Civil Veterinary Department. Madras. Admin. report 1910-25 - 1910-1925
Year: 1910
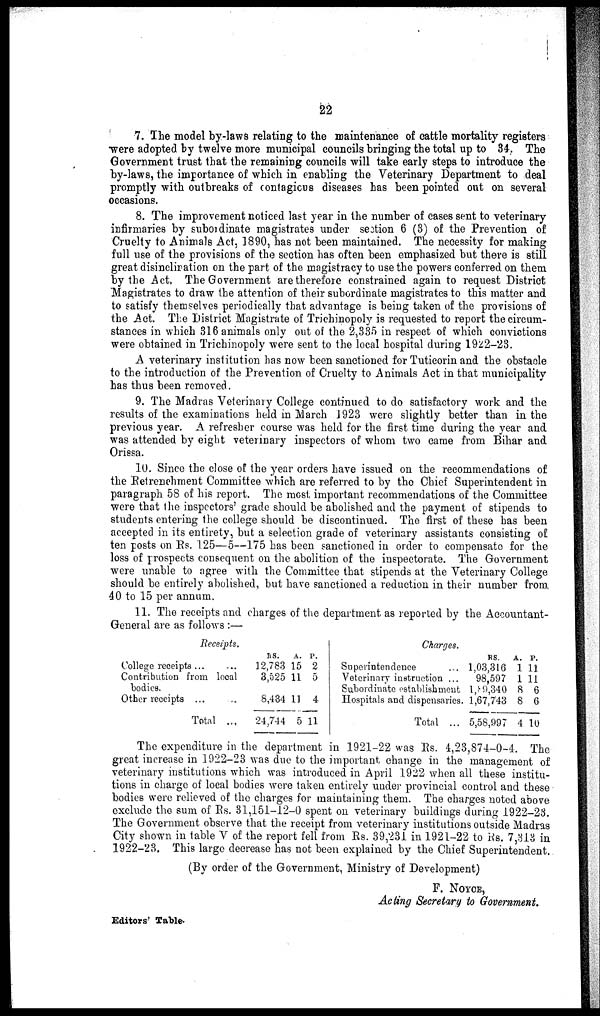
22
7. The model by-laws relating to the maintenance of cattle mortality registers
were adopted by twelve more municipal councils bringing the total up to 34. The
Government trust that the remaining councils will take early steps to introduce the
by-laws, the importance of which in enabling the Veterinary Department to deal
promptly with outbreaks of contagious diseases has been pointed out on several
occasions.
8. The improvement noticed last year in the number of cases sent to veterinary
infirmaries by subordinate magistrates under se3tion 6 (3) of the Prevention of
Cruelty to Animals Act, 1890, has not been maintained. The necessity for making
full use of the provisions of the section has often been emphasized but there is still
great disinclination on the part of the magistracy to use the powers conferred on them
by the Act, The Government are therefore constrained again to request District
Magistrates to draw the attention of their subordinate magistrates to this matter and
to satisfy themselves periodically that advantage is being taken of the provisions of
the Act. The District Magistrate of Trichinopoly is requested to report the circum-
stances in which 316 animals only out of the 2,335 in respect of which convictions
were obtained in Trichinopoly were sent to the local hospital during 1922-23.
A veterinary institution has now been sanctioned for Tuticorin and the obstacle
to the introduction of the Prevention of Cruelty to Animals Act in that municipality
has thus been removed.
9. The Madras Veterinary College continued to do satisfactory work and the
results of the examinations held in March 1923 were slightly better than in the
previous year. A refresher course was held for the first time during the year and
was attended by eight veterinary inspectors of whom two came from Bihar and
Orissa.
10. Since the close of the year orders have issued on the recommendations of
the Retrenchment Committee which are referred to by the Chief Superintendent in
paragraph 58 of his report. The most important recommendations of the Committee
were that the inspectors' grade should be abolished and the payment of stipends to
students entering the college should be discontinued. The first of these has been
accepted in its entirety, but a selection grade of veterinary assistants consisting of
ten posts on Rs. 125—5—175 has been sanctioned in order to compensate for the
loss of prospects consequent on the abolition of the inspectorate. The Government
were unable to agree with the Committee that stipends at the Veterinary College
should be entirely abolished, but have sanctioned a reduction in their number from
40 to 15 per annum.
11. The receipts and charges of the department as reported by the Accountant-
General are as follows :—
Receipts.
College receipts ... ...
Contribution from local
bodies.
Other receipts ... ...
Total ...
RS.
12,783
3,525
8,434
24,744
A.
15
11
11
5
P.
2
5
4
11
Charges.
Superintendence
Veterinary instruction ...
Subordinate establishment
Hospitals and dispensaries.
Total ...
RS.
1,03,316
98,597
1,89,340
1,67,743
5,58,997
A.
1
1
8
8
4
P.
11.
11
6
6
10
The expenditure in the department in 1921-22 was Rs. 4,23,874-0-4. The
great increase in 1922-23 was due to the important change in the management of
veterinary institutions which was introduced in April 1922 when all these institu-
tions in charge of local bodies were taken entirely under provincial control and these
bodies were relieved of the charges for maintaining them. The charges noted above
exclude the sum of Rs. 31,151-12-0 spent on veterinary buildings during 1922-23.
The Government observe that the receipt from veterinary institutions outside Madras
City shown in table V of the report fell from Rs. 39,231 in 1921-22 to Rs. 7,313 in
1922-23. This large decrease has not been explained by the Chief Superintendent.
(By order of the Government, Ministry of Development)
F. NOYCE,
Acting Secretary to Government.
Editors' Table.